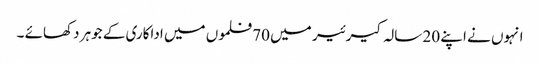
انہوں نے اپنے 20 سالہ کیرئیر میں 70 فلموں میں اداکاری کے جوہر دکھائے ۔